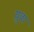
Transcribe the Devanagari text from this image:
य़ुवा